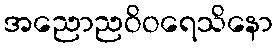
အညောညဝိဝရေသိနော